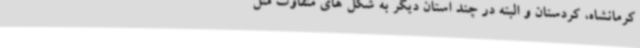
کرمانشاه، کردستان و البته در چند استان دیگر به شکل های متفاوت مثل